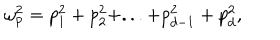
\omega _ { p } ^ { 2 } = p _ { 1 } ^ { 2 } + p _ { 2 } ^ { 2 } + . . . + p _ { d - 1 } ^ { 2 } + p _ { d } ^ { 2 } ,